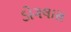
ડોગલાસ